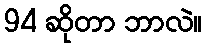
94 ဆိုတာ ဘာလဲ။